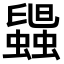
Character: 𧓟